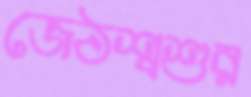
জেঠশ্বশুর